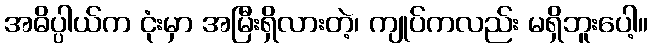
အဓိပ္ပါယ်က ငုံးမှာ အမြီးရှိလားတဲ့၊ ကျုပ်ကလည်း မရှိဘူးပေါ့။